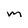
Character: m